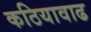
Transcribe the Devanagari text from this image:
कठियावाढ